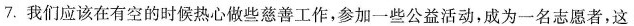
7.我们应该在有空的时候热心做些慈善工作，参加一些公益活动，成为一名志愿者，这